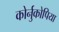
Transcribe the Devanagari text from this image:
कोर्नुकोपिया